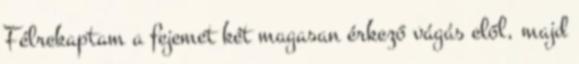
Félrekaptam a fejemet két magasan érkező vágás elől, majd